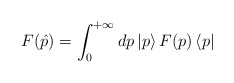
\begin{align*}F(\hat p)=\int_0^{+\infty}dp\,|p\rangle \,F(p)\,\langle p|\end{align*}